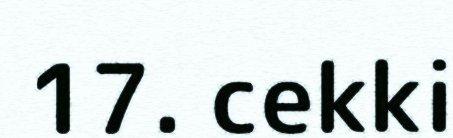
17. cekki